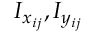
I _ { x _ { i j } } , I _ { y _ { i j } }